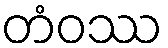
တံဝဿ